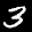
Label: 3